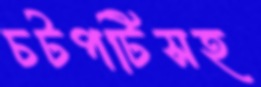
চটপটিসহ